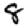
Digit: 8